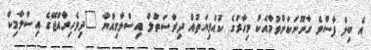
އެ ބިލް ފާސްވެ ގާނޫނަކަށްވުމާއެކު މިހާރުގެ ކުއްލިޔަތުއް ދިރާސަތުލް އިސްލާމިއްޔާ "ދިވެހިރާއްޖޭގެ އިސްލާމިކް